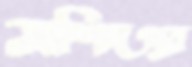
মশিদপুর